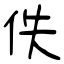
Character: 佚